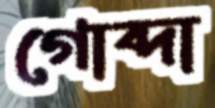
গোব্দা